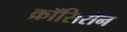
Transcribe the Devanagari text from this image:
क्रॉसिरॉन